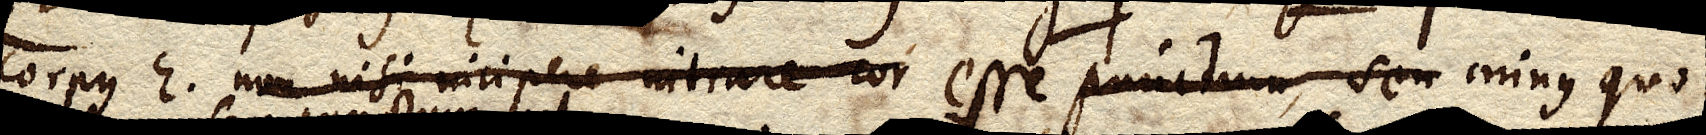
corpus E. non nisi incipere intrare cor esse punctum, seu minus quo–